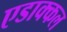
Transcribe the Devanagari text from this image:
एडाक्कल